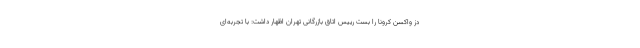
دز واکسن کرونا را بست رییس اتاق بازرگانی تهران اظهار داشت: با تجربه‌ای